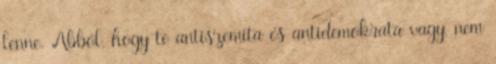
lenne. Abból, hogy te antiszemita és antidemokrata vagy, nem